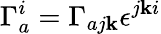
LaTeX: \Gamma_{a}^{i}=\Gamma_{aj\mathbf{k}}\epsilon^{j\mathbf{k}i}